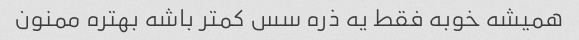
همیشه خوبه فقط یه ذره سس کمتر باشه بهتره ممنون